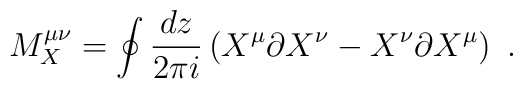
M_X^{\mu\nu}=\oint{dz\over 2\pi i}\left(X^\mu\partial	X^\nu - X^\nu\partial X^\mu\right)\ .